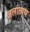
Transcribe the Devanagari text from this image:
जलात्यय